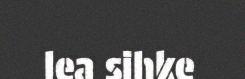
lea sihke